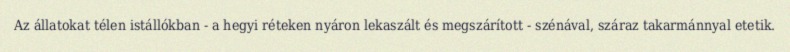
Az állatokat télen istállókban - a hegyi réteken nyáron lekaszált és megszárított - szénával, száraz takarmánnyal etetik.